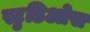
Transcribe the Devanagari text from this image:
स्टुडिओस